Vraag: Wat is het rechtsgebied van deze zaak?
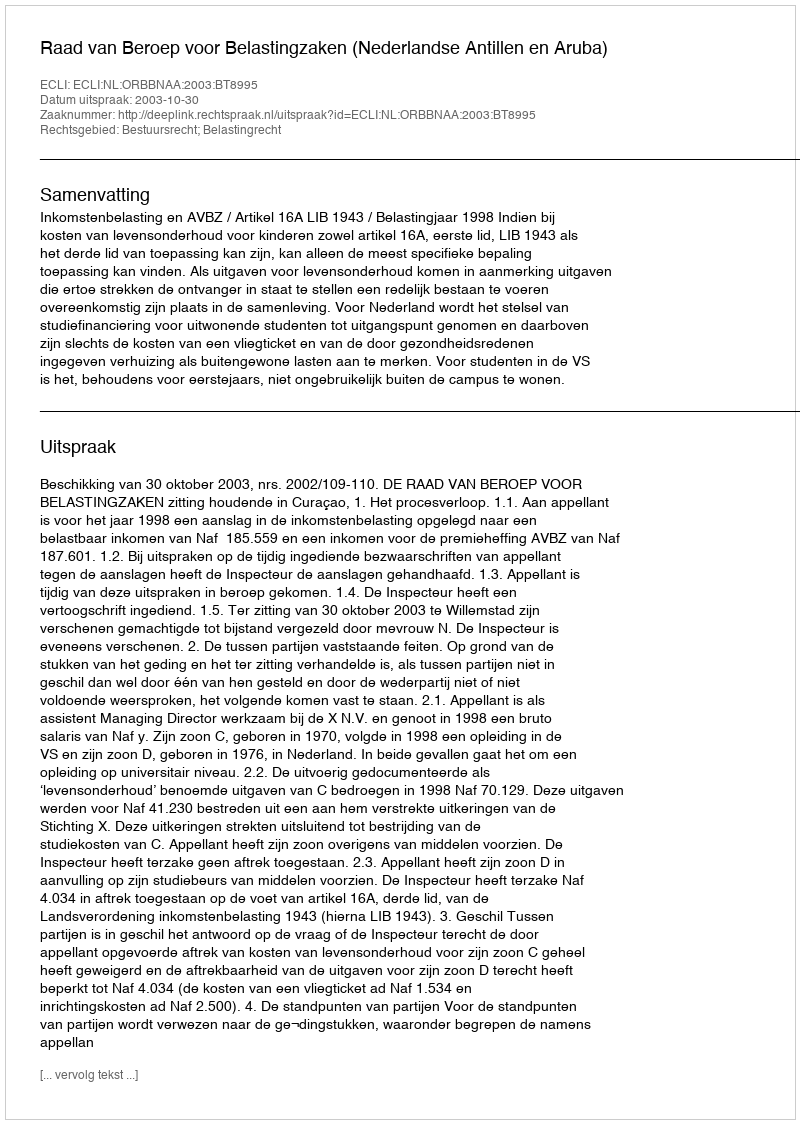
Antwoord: Bestuursrecht; Belastingrecht